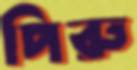
পিরু